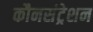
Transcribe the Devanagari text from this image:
कौनसंट्रेशन